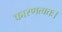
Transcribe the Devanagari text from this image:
कारणत्वतः।